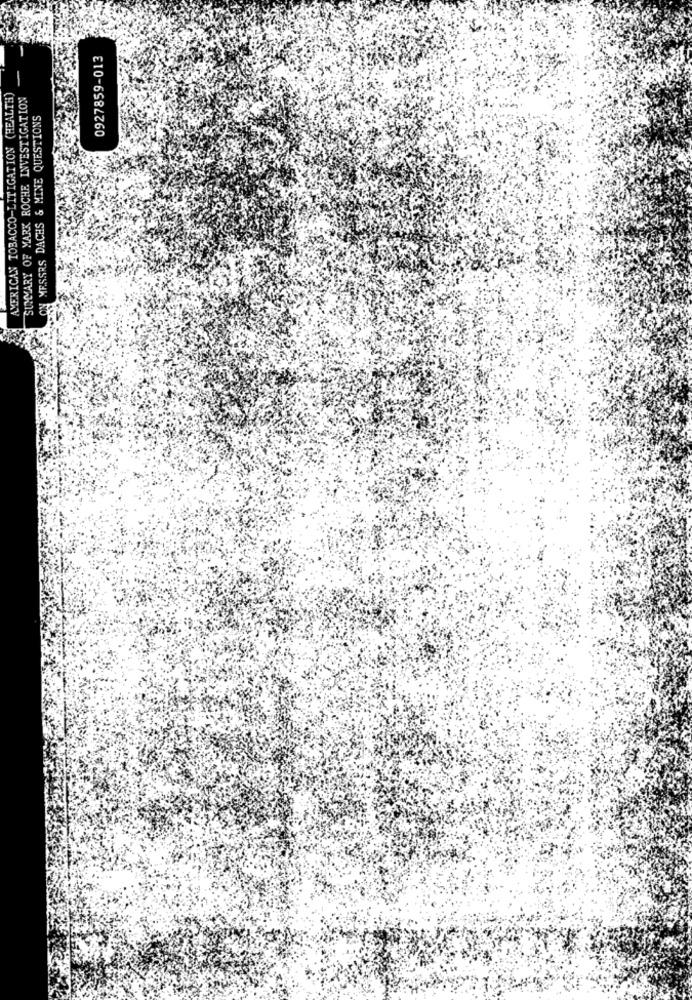
0927859-013
-
AMERICAN TOBACCO-LITIGATION (HEALTH)
SUMMARY OF MARK ROCHE INVESTIGATION
ON MESSRS DACHS & MINE QUESTIONS